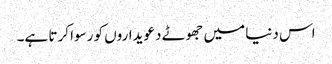
اس دنیا میں جھوٹے دعویداروں کو رسوا کرتا ہے۔